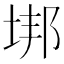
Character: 垹